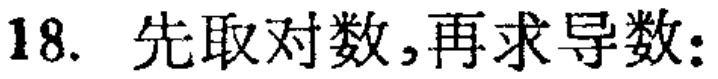
18. 先取对数,再求导数: